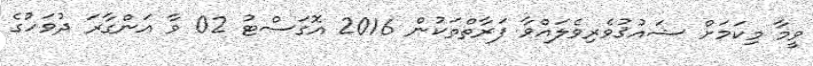
ވީމާ މިކަމަށް ޝައުޤުވެރިވެލައްވާ ފަރާތްތަކުން 2016 އޮގަސްޓު 02 ވާ އަންގާރަ ދުވަހުގެ